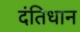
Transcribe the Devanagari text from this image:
दंतिधान